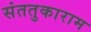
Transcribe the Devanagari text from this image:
संततुकाराम